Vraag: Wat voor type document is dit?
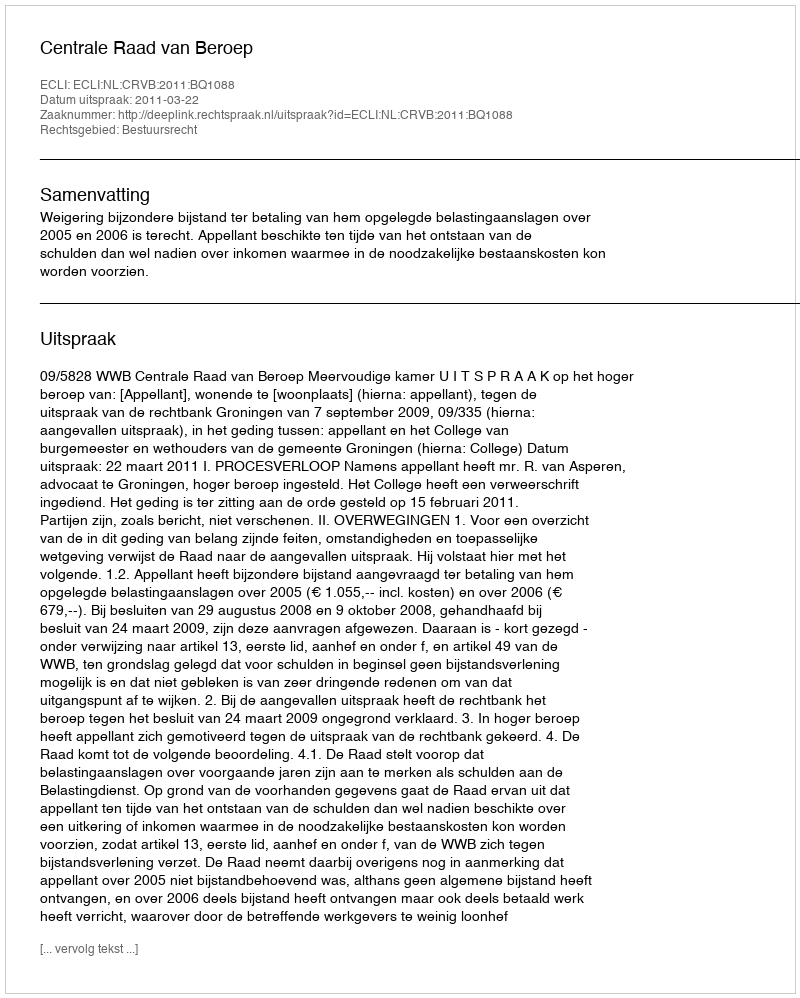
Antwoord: Uitspraak